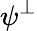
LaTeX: \psi^{\bot}